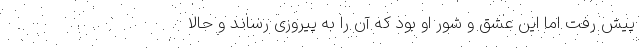
پیش رفت اما این عشق و شور او بود که آن را به پیروزی رساند و حالا